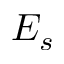
E _ { s }